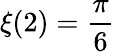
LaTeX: \xi(2)={\frac{\pi}{6}}